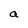
Character: a